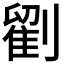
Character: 𭄒